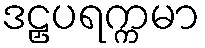
ဒဠှပရက္ကမာ